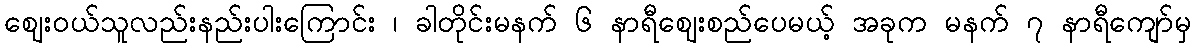
ဈေးဝယ်သူလည်းနည်းပါးကြောင်း ၊ ခါတိုင်းမနက် ၆ နာရီဈေးစည်ပေမယ့် အခုက မနက် ၇ နာရီကျော်မှ